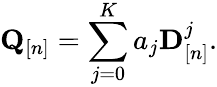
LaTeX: {\mathbf Q}_{[n]}=\sum_{j=0}^{K}a_{j}{\mathbf D}_{[n]}^{j}.